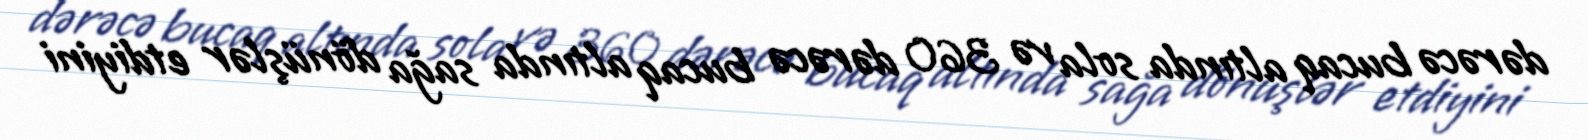
dərəcə bucaq altında sola və 360 dərəcə bucaq altında sağa dönüşlər etdiyini